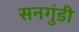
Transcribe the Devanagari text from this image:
सनगुंडी